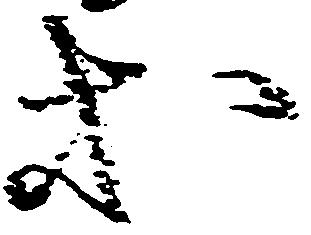
等